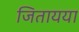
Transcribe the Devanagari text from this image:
जितायया